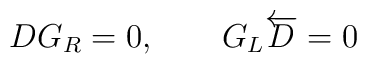
DG_{R} = 0,~~~~~~G_{L} \overleftarrow{D} = 0